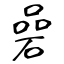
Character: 碞